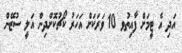
އަދި އެ ޓީމަށް ފާއިތުވ 10 ވަރަކަށް އަހަރު ކޯޗުކޮށްދިން އަލީ ސުޒޭން